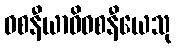
ဝစနီယာဓိဝစနီယေသု